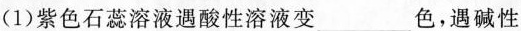
(1)紫色石蕊溶液遇酸性溶液变 ___ 色，遇碱性